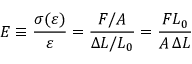
E \equiv { \frac { \sigma ( \varepsilon ) } { \varepsilon } } = { \frac { F / A } { \Delta L / L _ { 0 } } } = { \frac { F L _ { 0 } } { A \, \Delta L } }